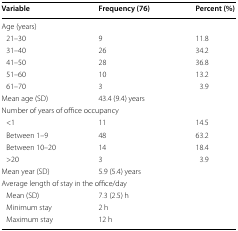
| Variable | Frequency (76) | Percent (%) |
 | --- | --- | --- |
 | <COLSPAN=3> Age (years) |
 | 21–30 | 9 | 11.8 |
 | 31–40 | 26 | 34.2 |
 | 41–50 | 28 | 36.8 |
 | 51–60 | 10 | 13.2 |
 | 61–70 | 3 | 3.9 |
 | Mean age (SD) | 43.4 (9.4) years |  |
 | <COLSPAN=3> Number of years of office occupancy |
 | <1 | 11 | 14.5 |
 | Between 1–9 | 48 | 63.2 |
 | Between 10–20 | 14 | 18.4 |
 | >20 | 3 | 3.9 |
 | Mean year (SD) | 5.9 (5.4) years |  |
 | <COLSPAN=3> Average length of stay in the office/day |
 | Mean (SD) | 7.3 (2.5) h |  |
 | Minimum stay | 2 h |  |
 | Maximum stay | 12 h |  |